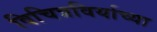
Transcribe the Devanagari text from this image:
विचित्रविर्याच्या